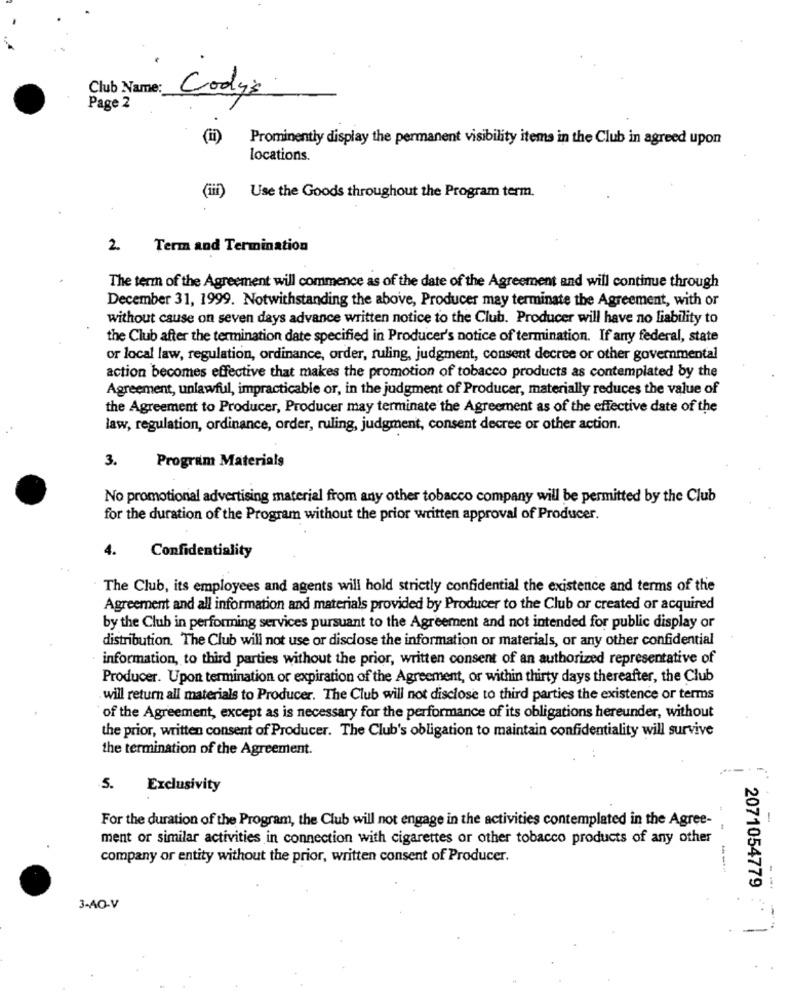
Club Name:
Cody's
Page 2
(ii)
Prominently display the permanent visibility items in the Club in agreed upon
locations.
(iii)
Use the Goods throughout the Program term.
2
Term and Termination
The term of the Agreement will commence as of the date of the Agreement and will continue through
December 31, 1999. Notwithstanding the above, Producer may terminate the Agreement, with or
without cause on seven days advance written notice to the Club. Producer will have no liability to
the Club after the termination date specified in Producer's notice of termination. If any federal, state
or local law, regulation, ordinance, order, ruling, judgment, consent decree or other governmental
action becomes effective that makes the promotion of tobacco products as contemplated by the
Agreement, unlawful, impracticable or, in the judgment of Producer, materially reduces the value of
the Agreement to Producer, Producer may terminate the Agreement as of the effective date of the
law, regulation, ordinance, order, ruling, judgment, consent decree or other action.
3.
Program Materials
No promotional advertising material from any other tobacco company will be permitted by the Club
for the duration of the Program without the prior written approval of Producer.
4.
Confidentiality
The Club, its employees and agents will hold strictly confidential the existence and terms of the
Agreement and all information and materials provided by Producer to the Club or created or acquired
by the Club in performing services pursuant to the Agreement and not intended for public display or
distribution. The Club will not use or disclose the information or materials, or any other confidential
information, to third parties without the prior, written consent of an authorized representative of
Producer. Upon termination or expiration of the Agreement, or within thirty days thereafter, the Club
will return all materials to Producer. The Club will not disclose to third parties the existence or terms
of the Agreement, except as is necessary for the performance of its obligations hereunder, without
the prior, written consent of Producer. The Club's obligation to maintain confidentiality will survive
the termination of the Agreement.
5.
Exclusivity
For the duration of the Program, the Club will not engage in the activities contemplated in the Agree-
ment or similar activities in connection with cigarettes or other tobacco products of any other
company or entity without the prior, written consent of Producer.
---
2071054779
--.
3-AO-V